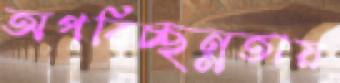
অপরিচ্ছন্নতায়